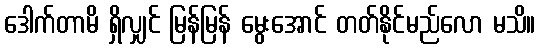
ဒေါက်တာမိ ရှိလျှင် မြန်မြန် မွေးအောင် တတ်နိုင်မည်လော မသိ။